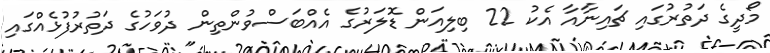
މޯދީގެ ދަތުރުގައި ޗައިނާއާ އެކު 22 ބިލިއަން ޑޮލަރުގެ އެއްބަސްވުންތިން ދުވަހުގެ ދަތުރުފުޅެއްގައި